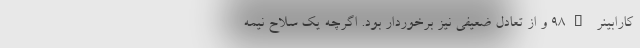
کارابینر 98K و از تعادل ضعیفی نیز برخوردار بود. اگرچه یک سلاح نیمه